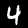
Digit: 4